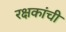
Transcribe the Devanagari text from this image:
रक्षकांची